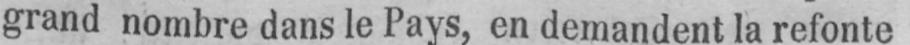
grand nombre dans le Pays, en demandent la refonte